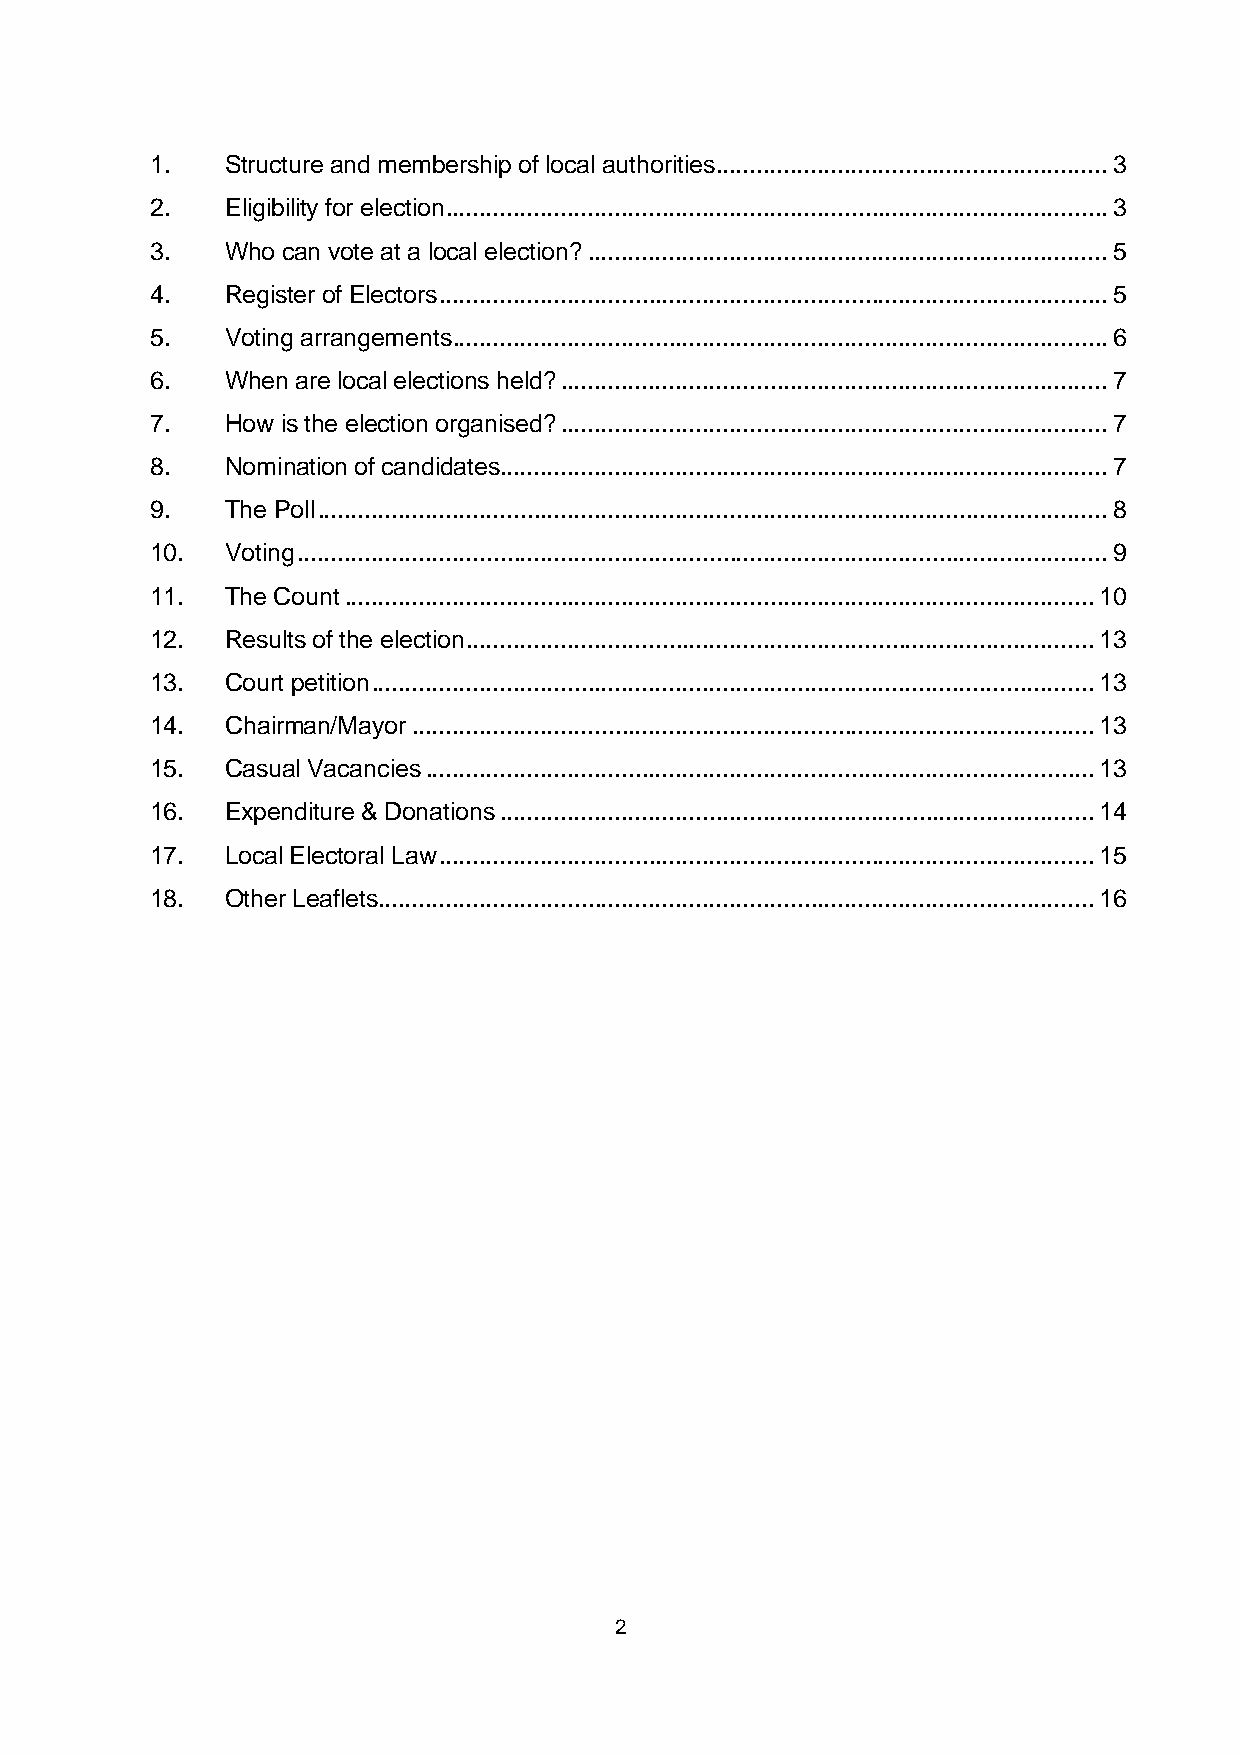
1.   Structure and membership of local authorities .......................................................... 3
 2.   Eligibility for election .................................................................................................. 3
 3.   Who can vote at a local election? ............................................................................. 5
 4.   Register of Electors ................................................................................................... 5
 5.   Voting arrangements ................................................................................................. 6
 6.   When are local elections held? ................................................................................. 7
 7.   How is the election organised? ................................................................................. 7
 8.   Nomination of candidates.......................................................................................... 7
 9.   The Poll ..................................................................................................................... 8
 10.  Voting ........................................................................................................................ 9
 11.  The Count ............................................................................................................... 10
 12.  Results of the election ............................................................................................. 13
 13.  Court petition ........................................................................................................... 13
 14.  Chairman/Mayor ..................................................................................................... 13
 15.  Casual Vacancies ................................................................................................... 13
 16.  Expenditure & Donations ........................................................................................ 14
 17.  Local Electoral Law ................................................................................................. 15
 18.  Other Leaflets .......................................................................................................... 16
 2